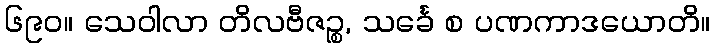
၆၉၀။ သေဝါလာ တိလဗီဇဉ္စ, သင်္ခေ စ ပဏကာဒယောတိ။